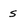
Character: s